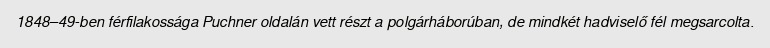
1848–49-ben férfilakossága Puchner oldalán vett részt a polgárháborúban, de mindkét hadviselő fél megsarcolta.